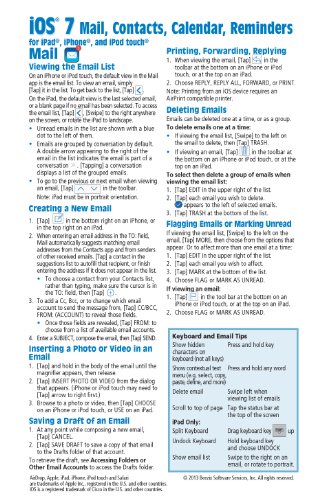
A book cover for iOS 7 Mail, Contacts, Calendar, Reminders Quick Reference Guide: for iPad, iPhone, and iPod touch (Cheat Sheet of Instructions, Tips & Shortcuts - Laminated Guide); Beezix Inc.; Computers & Technology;